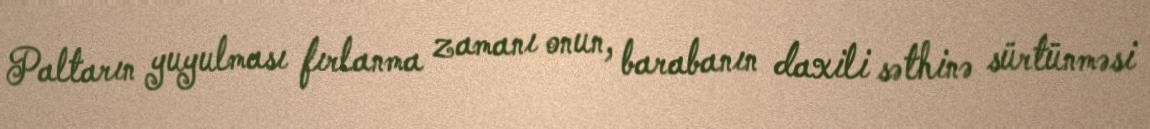
Paltarın yuyulması fırlanma zamanı onun, barabanın daxili səthinə sürtünməsi